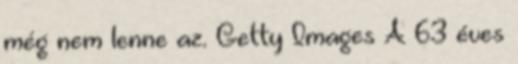
még nem lenne az. Getty Images A 63 éves